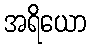
အရိယော